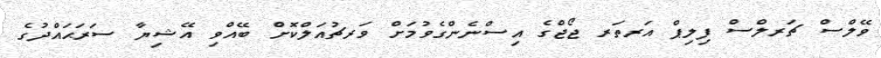
ވޭލްސް ޗަރލްސް ފިލިޕް އަރތަރ ޖޯޖްގެ އިސްނެންގެވުމަށް ވަރޗުއަލްކޮށް ބޭއްވި އޭޝިޔާ ސަރަޙައްދުގެ